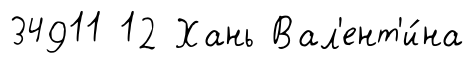
34911 12 Хань Вал'ент'и́на